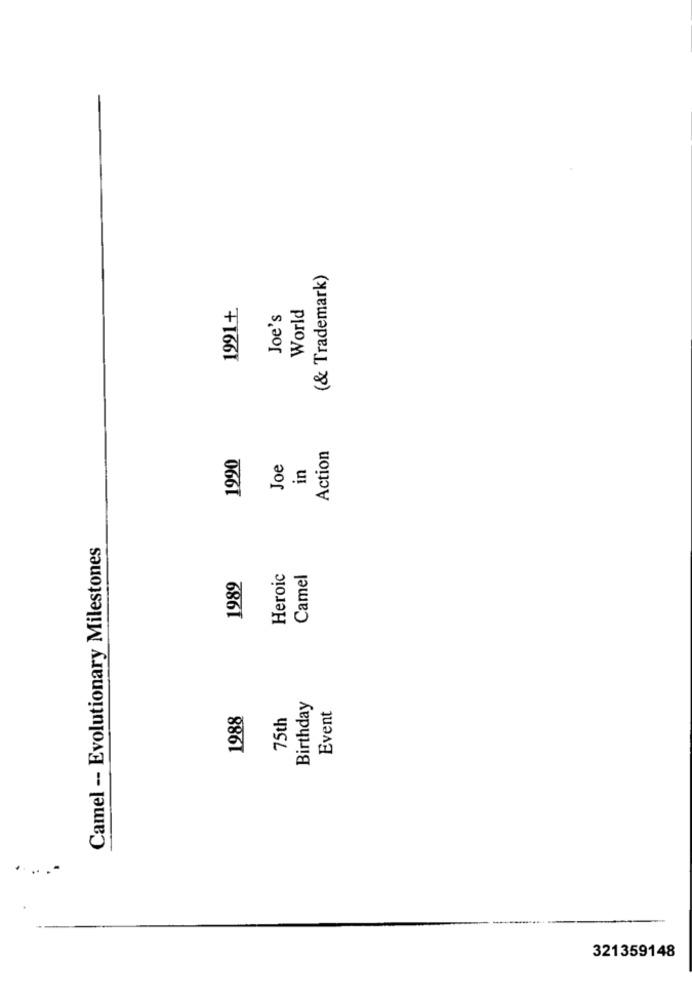
(& Trademark)
1991+
World
Joe's
1990
Action
Joe
in
Camel -- Evolutionary Milestones
1989
Heroic
Camel
Birthday
1988
75th
Event
321359148